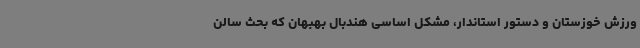
ورزش خوزستان و دستور استاندار، مشکل اساسی هندبال بهبهان که بحث سالن